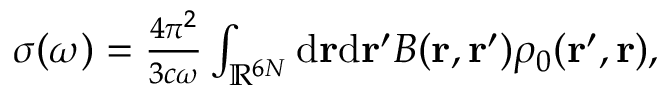
\begin{array} { r } { \sigma ( \omega ) = \frac { 4 \pi ^ { 2 } } { 3 c \omega } \int _ { \mathbb { R } ^ { 6 N } } \ensuremath { \mathrm { d } } \ensuremath { \mathbf { r } } \ensuremath { \mathrm { d } } \ensuremath { \mathbf { r } } ^ { \prime } B ( \ensuremath { \mathbf { r } } , \ensuremath { \mathbf { r } } ^ { \prime } ) \rho _ { 0 } ( \ensuremath { \mathbf { r } } ^ { \prime } , \ensuremath { \mathbf { r } } ) , } \end{array}